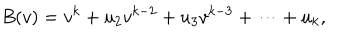
B ( v ) = v ^ { k } + u _ { 2 } v ^ { k - 2 } + u _ { 3 } v ^ { k - 3 } + \cdots + u _ { k } ,